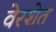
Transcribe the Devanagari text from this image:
वेरशेत